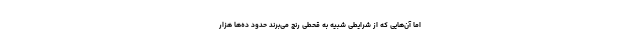
اما آن‌هایی که از شرایطی شبیه به قحطی رنج می‌برند حدود ده‌ها هزار